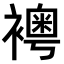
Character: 𧞄